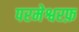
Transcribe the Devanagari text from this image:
परमेश्वरफ़